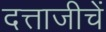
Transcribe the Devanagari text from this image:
दत्ताजीचें